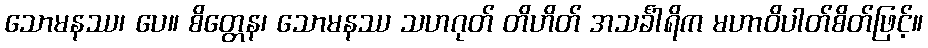
သောမနဿ၊ ပေ။ စိတ္တေန၊ သောမနဿ သဟဂုတ် တိဟိတ် အသင်္ခါရိက မဟာဝိပါတ်စိတ်ဖြင့်။